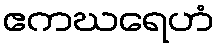
ဧကဃရေဟံ